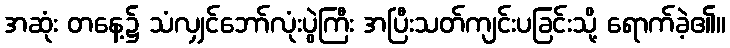
အဆုံး တနေ့၌ သံလျှင်ဘော်လုံးပွဲကြီး အပြီးသတ်ကျင်းပခြင်းသို့ ရောက်ခဲ့၏။